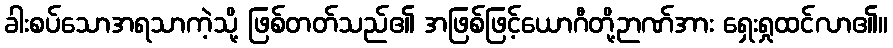
ခါးစပ်သောအရသာကဲ့သို့ ဖြစ်တတ်သည်၏ အဖြစ်ဖြင့်ယောဂီတို့ဉာဏ်အား ရှေးရှုထင်လာ၏။